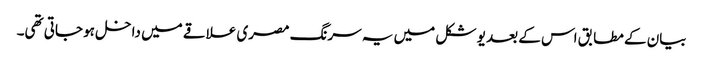
بیان کے مطابق اس کے بعد یو شکل میں یہ سرنگ مصری علاقے میں داخل ہو جاتی تھی۔